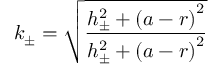
k _ { \pm } = \sqrt { \frac { h _ { \pm } ^ { 2 } + \left( a - r \right) ^ { 2 } } { h _ { \pm } ^ { 2 } + \left( a - r \right) ^ { 2 } } }